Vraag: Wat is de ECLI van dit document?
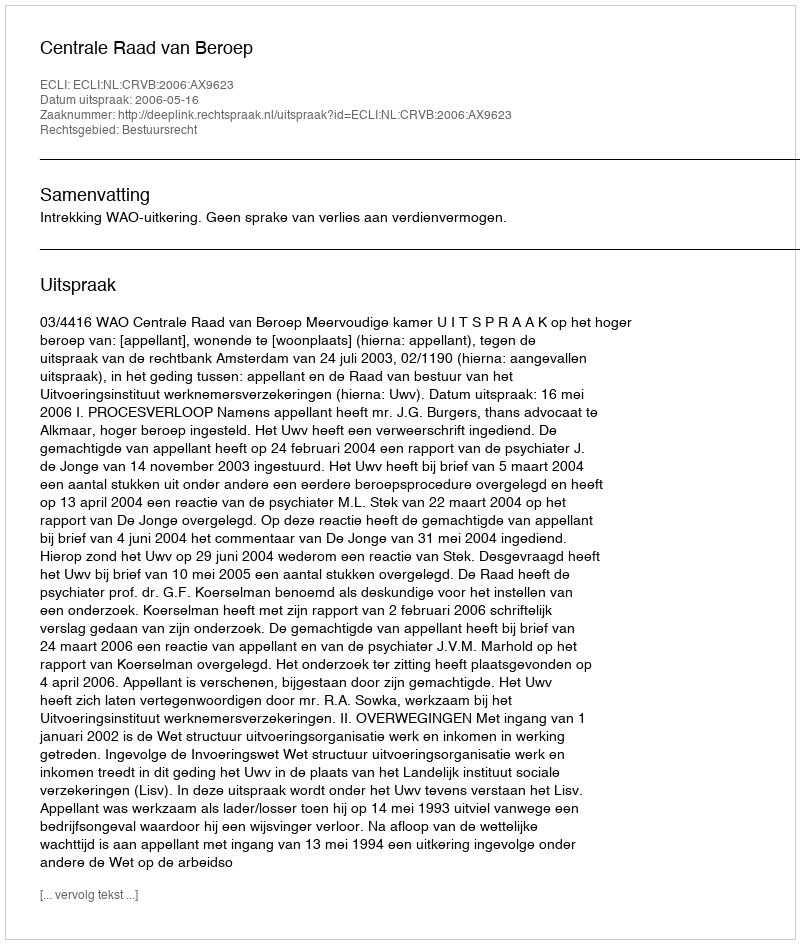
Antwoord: ECLI:NL:CRVB:2006:AX9623